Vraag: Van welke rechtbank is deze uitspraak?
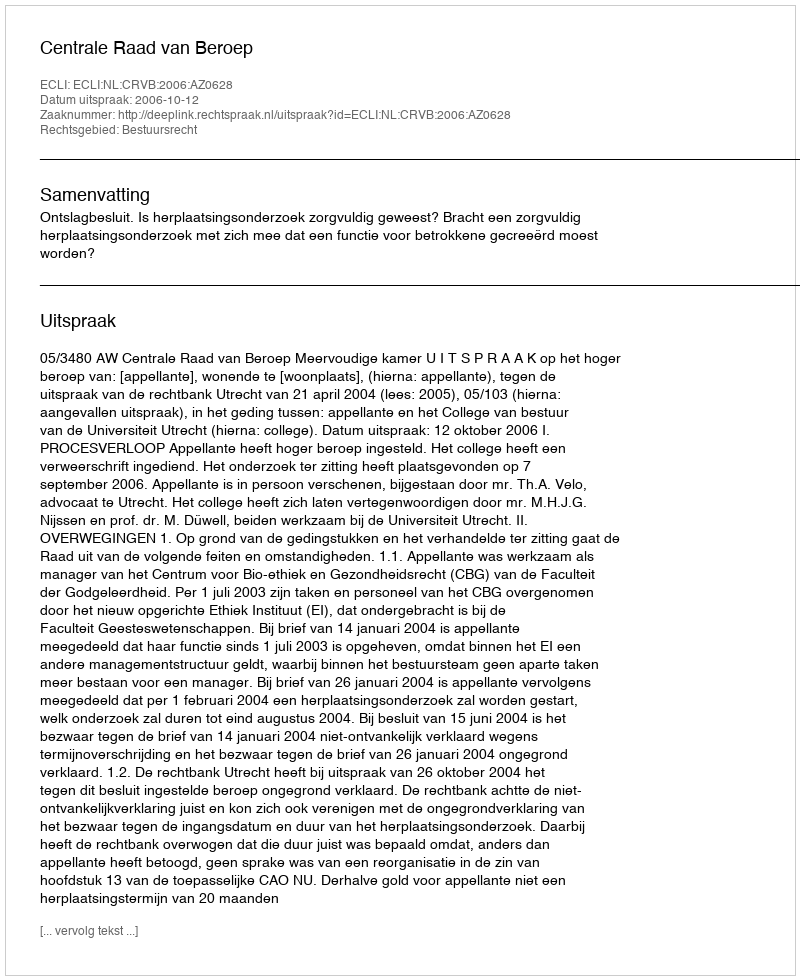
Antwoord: Centrale Raad van Beroep